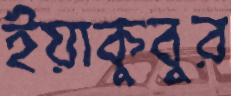
ইয়াকুবুর